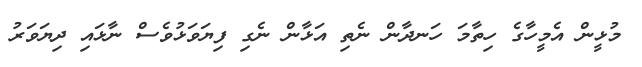
މުޅީން އެމީހާގެ ހިތާމަ ހަނދާން ނެތި އަޅާން ނެގި ފިޔަވަޅުވެސް ނާާޅައި ދިޔަވަރު